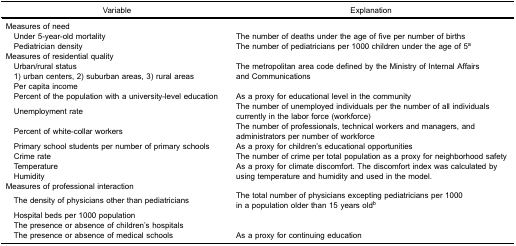
<table><thead><tr><td><b>Variable</b></td><td><b>Explanation</b></td></tr></thead><tbody><tr><td colspan="2">Measures of need</td></tr><tr><td> Under 5-year-old mortality</td><td>The number of deaths under the age of five per number of births</td></tr><tr><td> Pediatrician density</td><td>The number of pediatricians per 1000 children under the age of 5<sup>a</sup></td></tr><tr><td colspan="2">Measures of residential quality</td></tr><tr><td> Urban/rural status 1) urban centers, 2) suburban areas, 3) rural areas</td><td>The metropolitan area code defined by the Ministry of Internal Affairsand Communications</td></tr><tr><td> Per capita income</td><td> </td></tr><tr><td> Percent of the population with a university-level education</td><td>As a proxy for educational level in the community</td></tr><tr><td> Unemployment rate</td><td>The number of unemployed individuals per the number of all individualscurrently in the labor force (workforce)</td></tr><tr><td> Percent of white-collar workers</td><td>The number of professionals, technical workers and managers, andadministrators per number of workforce</td></tr><tr><td> Primary school students per number of primary schools</td><td>As a proxy for children’s educational opportunities</td></tr><tr><td> Crime rate</td><td>The number of crime per total population as a proxy for neighborhood safety</td></tr><tr><td> Temperature</td><td rowspan="2">As a proxy for climate discomfort. The discomfort index was calculated byusing temperature and humidity and used in the model.</td></tr><tr><td> Humidity</td></tr><tr><td colspan="2">Measures of professional interaction</td></tr><tr><td> The density of physicians other than pediatricians</td><td>The total number of physicians excepting pediatricians per 1000in a population older than 15 years old<sup>b</sup></td></tr><tr><td> Hospital beds per 1000 population</td><td> </td></tr><tr><td> The presence or absence of children’s hospitals</td><td> </td></tr><tr><td> The presence or absence of medical schools</td><td>As a proxy for continuing education</td></tr></tbody></table>